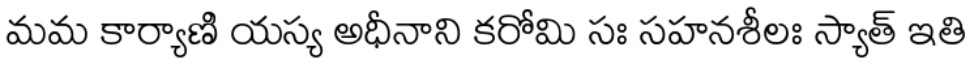
మమ కార్యాణి యస్య అధీనాని కరోమి సః సహనశీలః స్యాత్ ఇతి